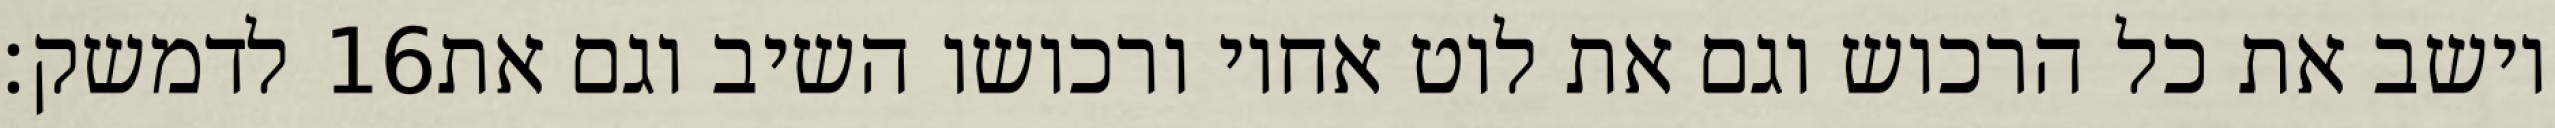
לדמשק׃ ‎16‏ וישב את כל הרכוש וגם את לוט אחיו ורכושו השיב וגם את